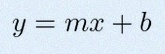
y=mx+b